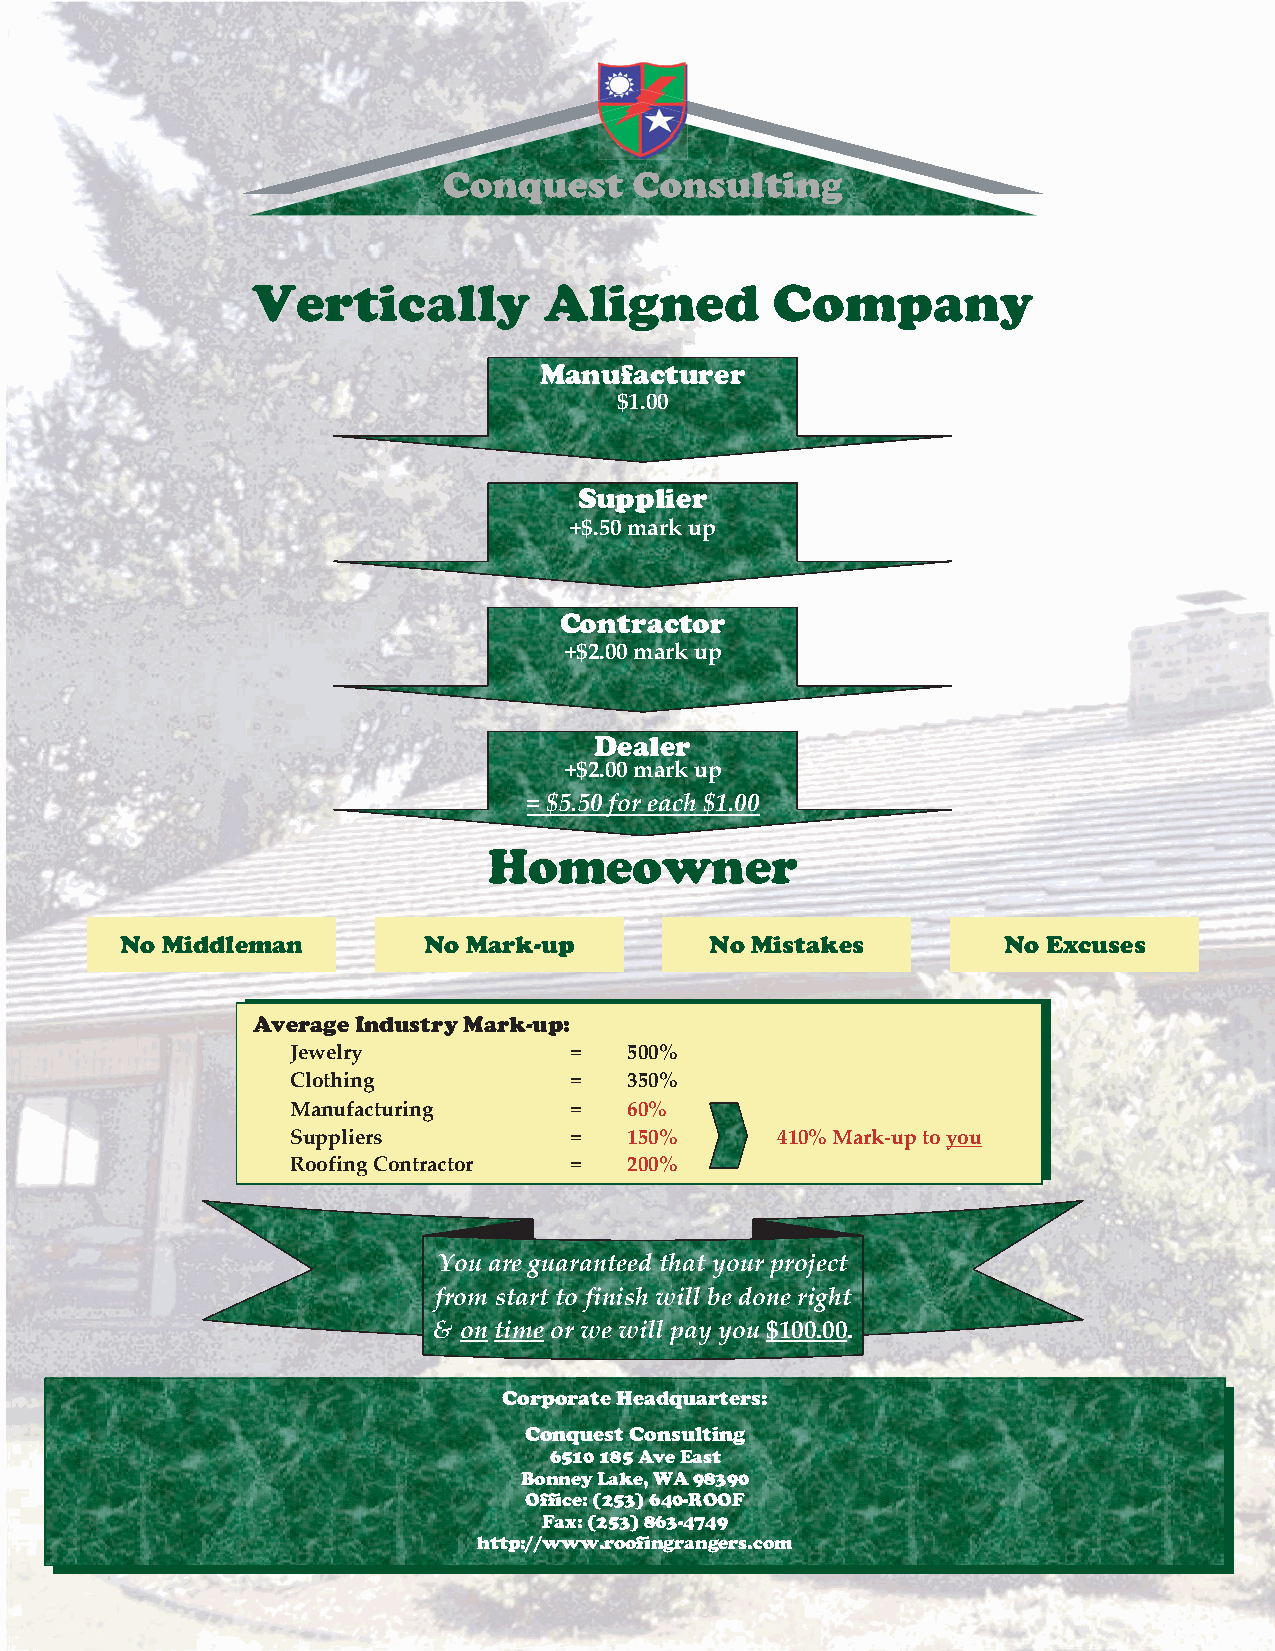
Vertically         Aligned        Company
 Manufacturer
 $1.00
 Supplier
 +$.50markup
 Contractor
 +$2.00markup
 Dealer
 +$2.00markup
 = $5.50for each$1.00
 Homeowner
 No Middleman        No Mark-up         No Mistakes        No Excuses
 AverageIndustryMark-up:
 Jewelry            =   500%
 Clothing           =   350%
 Manufacturing      =   60%
 Suppliers          =   150%     410%Mark-uptoyou
 RoofingContractor  =   200%
 Youare guaranteed that your project
 from start to finish will bedone right
 & ontimeor wewill pay you $100.00.
 CorporateHeadquarters:
 ConquestConsulting
 6510185AveEast
 BonneyLake,WA98390
 Office:(253)640-ROOF
 Fax:(253)863-4749
 http://www.roofingrangers.com